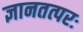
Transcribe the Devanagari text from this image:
ज्ञानतत्परः